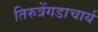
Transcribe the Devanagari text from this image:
तिरुत्रेंगडाचार्य